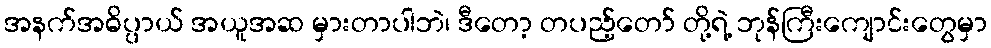
အနက်အဓိပ္ပာယ် အယူအဆ မှားတာပါဘဲ၊ ဒီတော့ တပည့်တော် တို့ရဲ့ ဘုန်ကြီးကျောင်းတွေမှာ